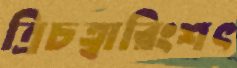
ত্রিচত্বারিংশৎ